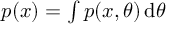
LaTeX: \textstyle p ( x ) = \int p ( x , \theta ) \operatorname { d } \! \theta